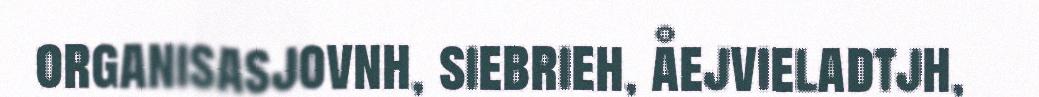
organisasjovnh, siebrieh, åejvieladtjh,